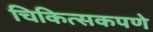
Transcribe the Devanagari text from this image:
चिकित्सकपणे